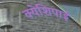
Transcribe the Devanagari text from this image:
क्येशिपाई